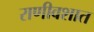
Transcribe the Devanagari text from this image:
राणीवशात